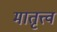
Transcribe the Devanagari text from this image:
मातृत्त्व